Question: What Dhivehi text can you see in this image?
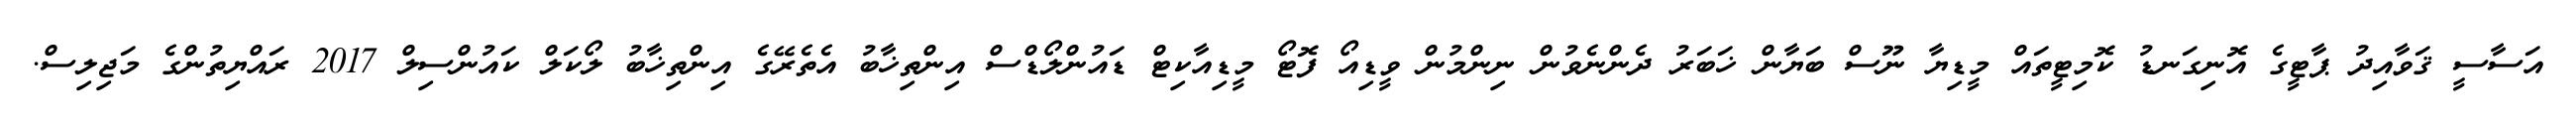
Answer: އަސާސީ ޤަވާއިދު ޕާޓީގެ އޮނިގަނޑު ކޮމިޓީތައް މީޑިޔާ ނޫސް ބަޔާން ޚަބަރު ދެންނެވުން ނިންމުން ވީޑިއޯ ފޮޓޯ މީޑިއާކިޓް ޑައުންލޯޑްސް އިންތިޚާބު އެތެރޭގެ އިންތިޚާބު ލޯކަލް ކައުންސިލް 2017 ރައްޔިތުންގެ މަޖިލިސް.